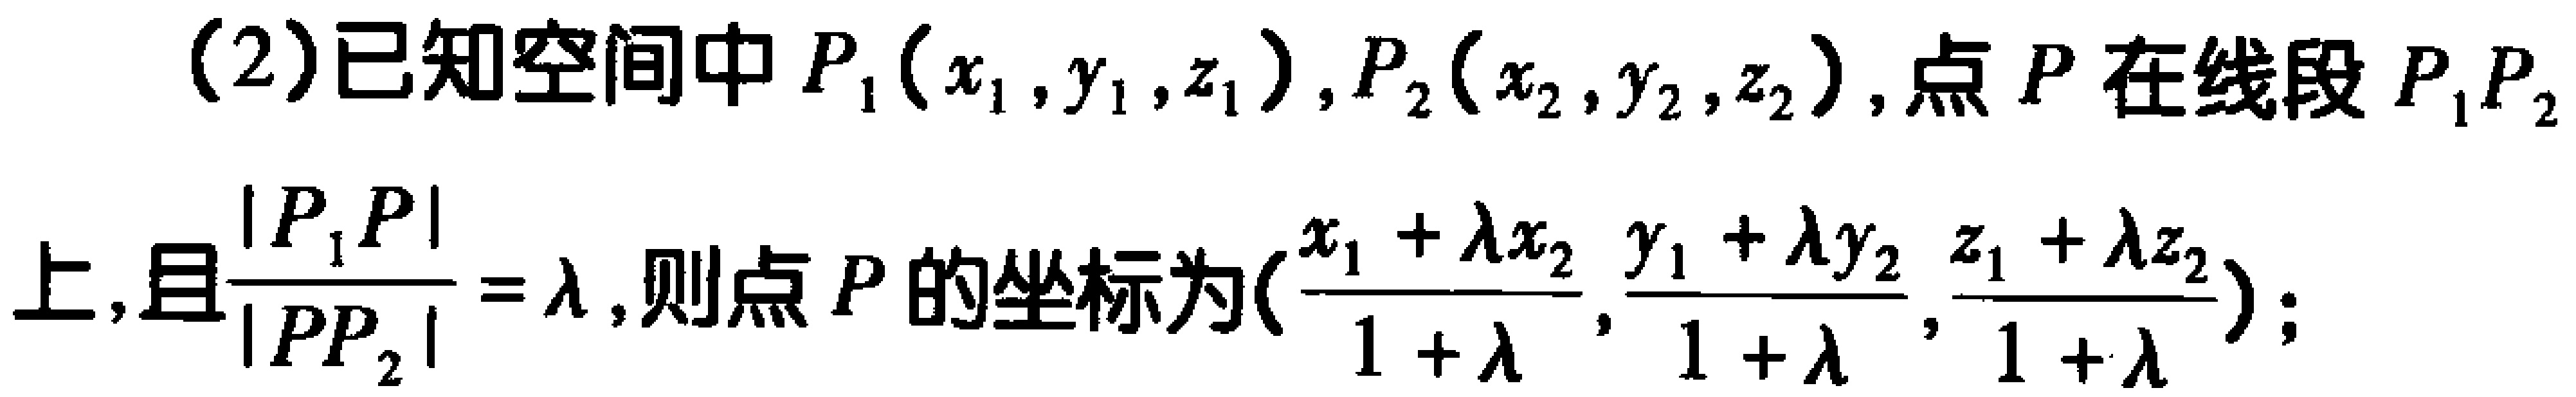
(2)已知空间中$P_1(x_1,y_1,z_1)$,$P_2(x_2,y_2,z_2)$,点$P$在线段$P_1P_2$上,且$\frac{\vert P_1P\vert}{\vert PP_2\vert}=\lambda$,则点$P$的坐标为$(\frac{x_1 + \lambda x_2}{1 + \lambda},\frac{y_1 + \lambda y_2}{1 + \lambda},\frac{z_1 + \lambda z_2}{1 + \lambda})$;